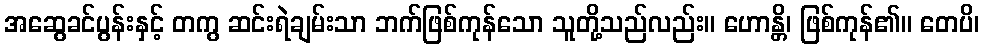
အဆွေခင်ပွန်းနှင့် တကွ ဆင်းရဲချမ်းသာ ဘက်ဖြစ်ကုန်သော သူတို့သည်လည်း။ ဟောန္တိ၊ ဖြစ်ကုန်၏။ တေပိ၊